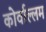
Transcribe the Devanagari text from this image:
कोर्वाल्लम